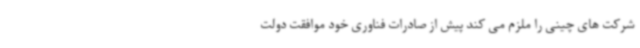
شرکت های چینی را ملزم می کند پیش از صادرات فناوری خود موافقت دولت